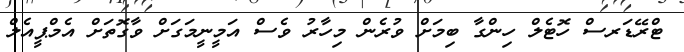
ޓްރޭޑަރސް ހޮޓެލް ހިންގާ ބިމަށް ވުރެން މިހާރު ވެސް އަމީނީމަގަށް ވާގޮތަށް އެމްޕީއެލް